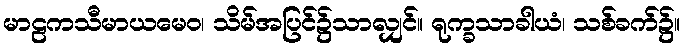
မာဠကသီမာယမေဝ၊ သိမ်အပြင်၌သာလျှင်။ ရုက္ခသာခါယံ၊ သစ်ခက်၌။